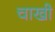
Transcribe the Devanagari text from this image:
चाखी